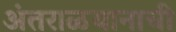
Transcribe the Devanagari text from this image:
अंतराळयानाची